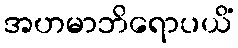
အဟမာဘိရောပယိံ